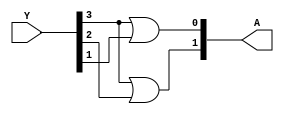
// Verilog Code for 4x2 Encoder
module Encoder4x2(Y,A);

input [3:0]Y;
output [1:0]A;

or O1(A[1],Y[3],Y[2]);
or O0(A[0],Y[3],Y[1]);

endmodule